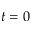
t = 0